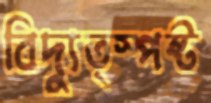
বিদ্যুত্স্পষ্ট